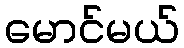
မောင်မယ်